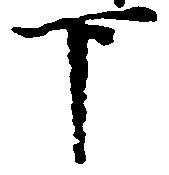
下